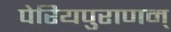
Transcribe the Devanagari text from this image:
पेरियपुराणम्